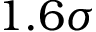
1 . 6 \sigma